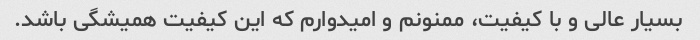
بسیار عالی و با کیفیت، ممنونم و امیدوارم که این کیفیت همیشگی باشد.